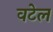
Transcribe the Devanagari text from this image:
वटेल